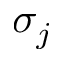
\sigma _ { j }